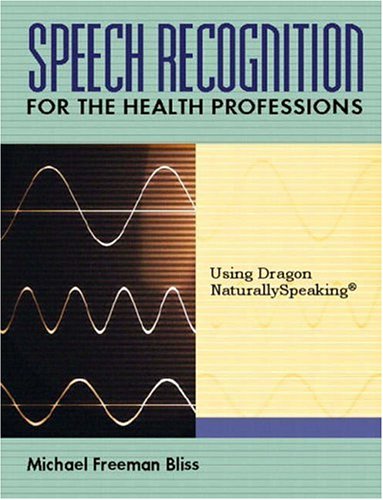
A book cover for Speech Recognition for the Health Professions: Using Dragon Naturally Speaking; Michael Freeman Bliss; Computers & Technology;